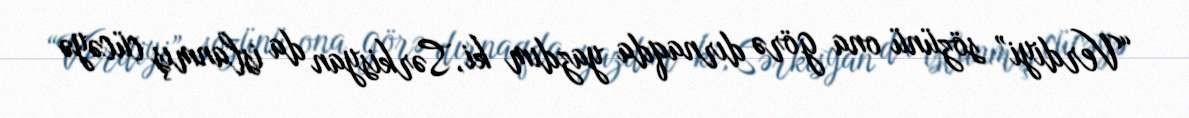
“Verdiyi” sözünü ona görə dırnaqda yazdım ki, Sərkisyan da islanmış cücəyə